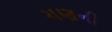
ચણની